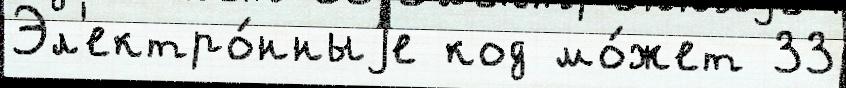
Эл'ектро́нныjе код мо́жет 33